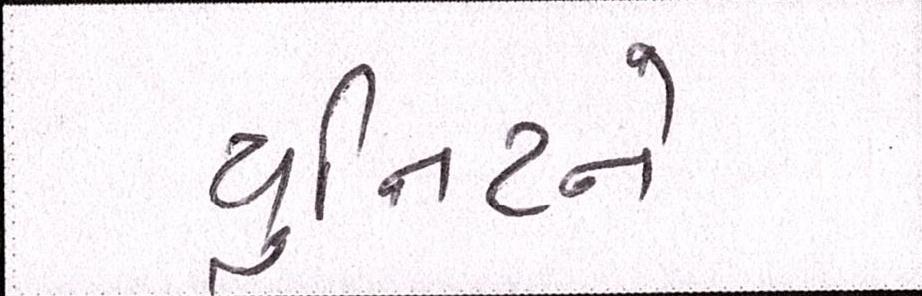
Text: યુનિટને